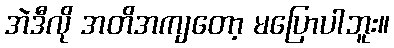
အဲဒီလို အတိအကျတော့ မပြောပါဘူး။